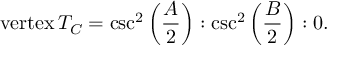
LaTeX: { \mathrm { v e r t e x } } \, T _ { C } = \csc ^ { 2 } \left( { \frac { A } { 2 } } \right) : \csc ^ { 2 } \left( { \frac { B } { 2 } } \right) : 0 .